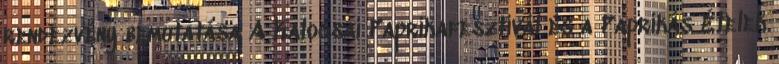
rendezvény bemutatása A Kalocsai Paprikafesztivál és a Paprikás Ételek